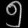
Digit: ၅